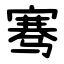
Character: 骞